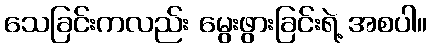
သေခြင်းကလည်း မွေးဖွားခြင်းရဲ့ အစပါ။